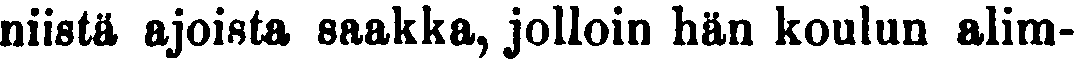
niistä ajoista saakka, jolloin nän koulun alim-